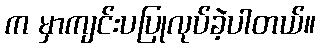
က မှာကျင်းပပြုလုပ်ခဲ့ပါတယ်။